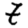
Digit: 7